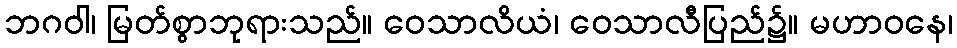
ဘဂဝါ၊ မြတ်စွာဘုရားသည်။ ဝေသာလိယံ၊ ဝေသာလီပြည်၌။ မဟာဝနေ၊